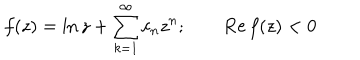
LaTeX: f ( z ) = \ln z + \sum _ { k = 1 } ^ { \infty } c _ { n } z ^ { n } ; \qquad \mathrm { R e } \, f ( z ) < 0